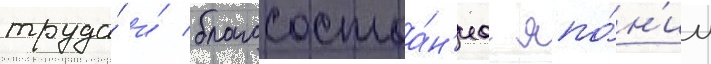
труда́ и́ благосостоа́н'иа япо́н'ии